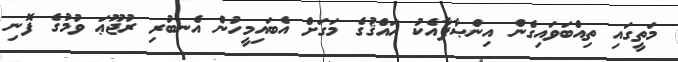
މަތީގައި ތިއްބަވައިގެން އިންޞާފާއެކު ޙައްޤުގެ މަގަށް އެބައިމީހުން އެނބުރި ރުޖޫޢަ ވުމުގެ ފޮނި